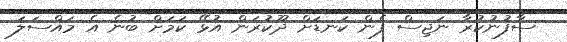
ސާފުނުކުރާ ނަޖިސް ފެން ކަނޑަށް ދޫކުރަން އުޅޭ ކަމަށް ބުނެ އެ މައްސަލަ